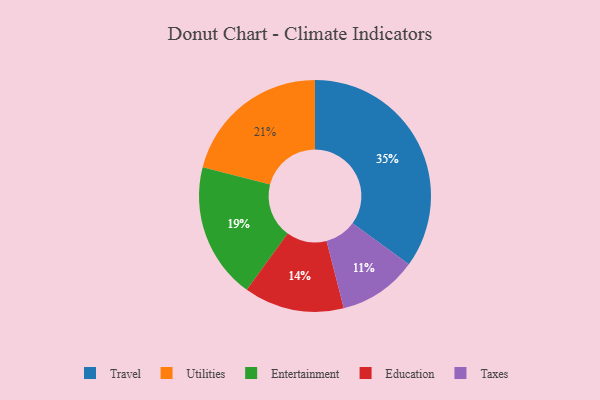
{"axis": {"x": "Category", "y": "Percentage"}, "legend": ["Education", "Entertainment", "Taxes", "Travel", "Utilities"], "data": [{"x": "Entertainment", "y": 19, "type": "Entertainment"}, {"x": "Education", "y": 14, "type": "Education"}, {"x": "Utilities", "y": 21, "type": "Utilities"}, {"x": "Travel", "y": 35, "type": "Travel"}, {"x": "Taxes", "y": 11, "type": "Taxes"}]}